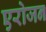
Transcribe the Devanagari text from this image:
एरोजन